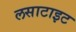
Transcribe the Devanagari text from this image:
लसाटाइट